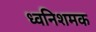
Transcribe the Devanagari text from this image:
ध्वनिशमक